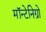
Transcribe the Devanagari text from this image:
मॉन्टेनिग्रो